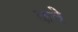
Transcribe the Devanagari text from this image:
कवे